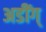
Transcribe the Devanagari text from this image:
अडींग्